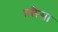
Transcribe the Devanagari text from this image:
थ़लैसा